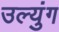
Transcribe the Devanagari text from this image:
उल्युंग